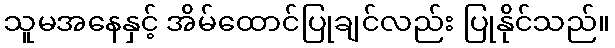
သူမအနေနှင့် အိမ်ထောင်ပြုချင်လည်း ပြုနိုင်သည်။